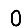
Digit: 0